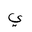
Letter: _ya